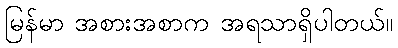
မြန်မာ အစားအစာက အရသာရှိပါတယ်။